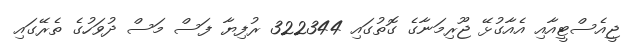
ޖީއެސްޓީއާއި އެއާގުޅޭ ޖޫރިމަނާގެ ގޮތުގައި 322344 ރުފިޔާ ފަސް މަސް ދުވަހުގެ ތެރޭގައި